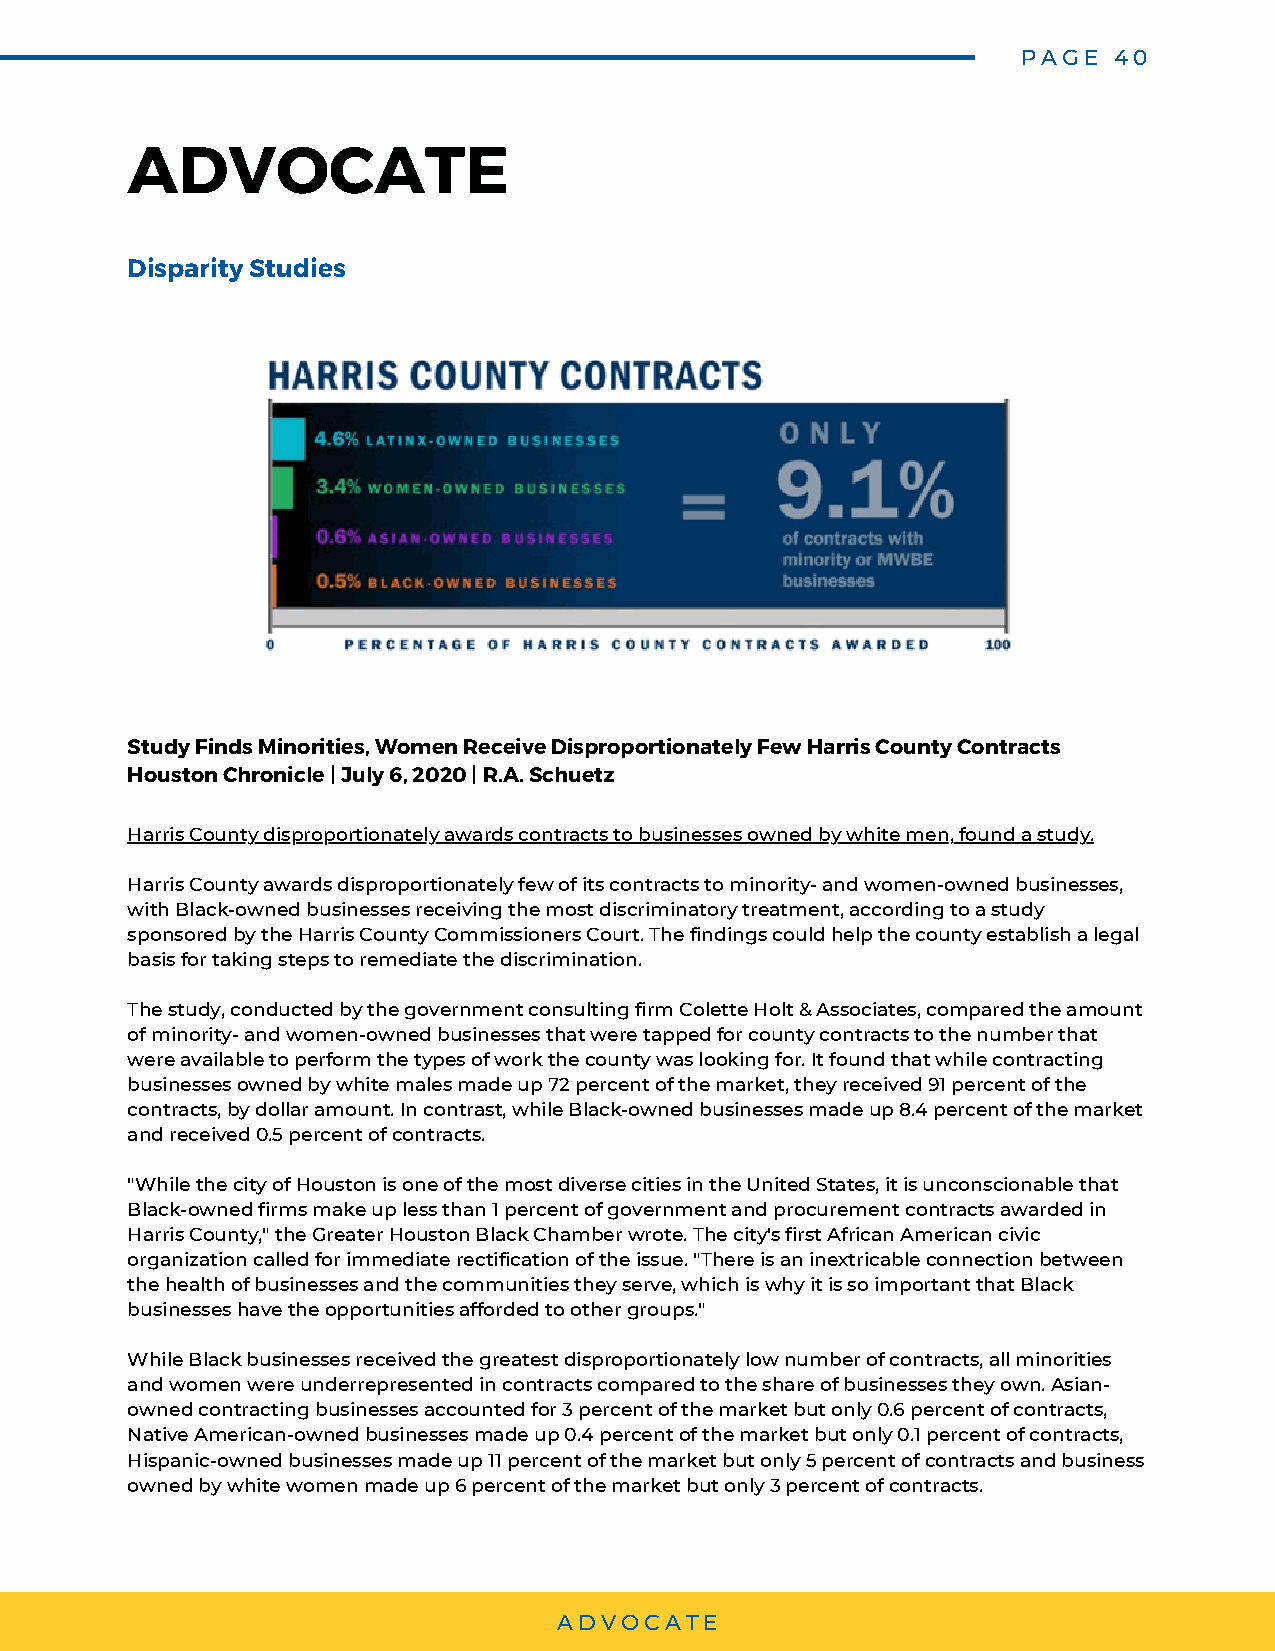
PAGE  40
 ADVOCATE
 Disparity Studies
 Study Finds Minorities, Women Receive Disproportionately Few Harris County Contracts
 Houston Chronicle | July 6, 2020 | R.A. Schuetz
 Harris County disproportionately awards contracts to businesses owned by white men, found a study.
 Harris County awards disproportionately few of its contracts to minority- and women-owned businesses,
 with Black-owned businesses receiving the most discriminatory treatment, according to a study
 sponsored by the Harris County Commissioners Court. The findings could help the county establish a legal
 basis for taking steps to remediate the discrimination.
 The study, conducted by the government consulting firm Colette Holt & Associates, compared the amount
 of minority- and women-owned businesses that were tapped for county contracts to the number that
 were available to perform the types of work the county was looking for. It found that while contracting
 businesses owned by white males made up 72 percent of the market, they received 91 percent of the
 contracts, by dollar amount. In contrast, while Black-owned businesses made up 8.4 percent of the market
 and received 0.5 percent of contracts.
 "While the city of Houston is one of the most diverse cities in the United States, it is unconscionable that
 Black-owned firms make up less than 1 percent of government and procurement contracts awarded in
 Harris County," the Greater Houston Black Chamber wrote. The city's first African American civic
 organization called for immediate rectification of the issue. "There is an inextricable connection between
 the health of businesses and the communities they serve, which is why it is so important that Black
 businesses have the opportunities afforded to other groups."
 While Black businesses received the greatest disproportionately low number of contracts, all minorities
 and women were underrepresented in contracts compared to the share of businesses they own. Asian-
 owned contracting businesses accounted for 3 percent of the market but only 0.6 percent of contracts,
 Native American-owned businesses made up 0.4 percent of the market but only 0.1 percent of contracts,
 Hispanic-owned businesses made up 11 percent of the market but only 5 percent of contracts and business
 owned by white women made up 6 percent of the market but only 3 percent of contracts.
 ADVOCATE